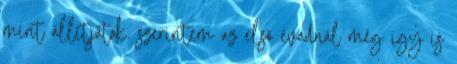
mint állítjátok. szerintem az első évadnál még így is